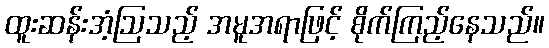
ထူးဆန်းအံ့ဩသည့် အမူအရာဖြင့် စိုက်ကြည့်နေသည်။